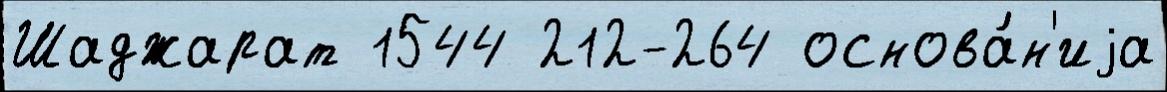
Шаджарат 1544 212-264 основа́н'иjа